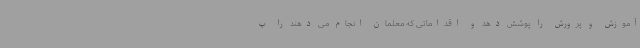
آموزش و پرورش را پوشش دهد و اقداماتی که معلمان انجام می دهند را پ